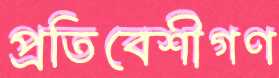
প্রতিবেশীগণ